Scottish Leaving Certificate Examination, 1955
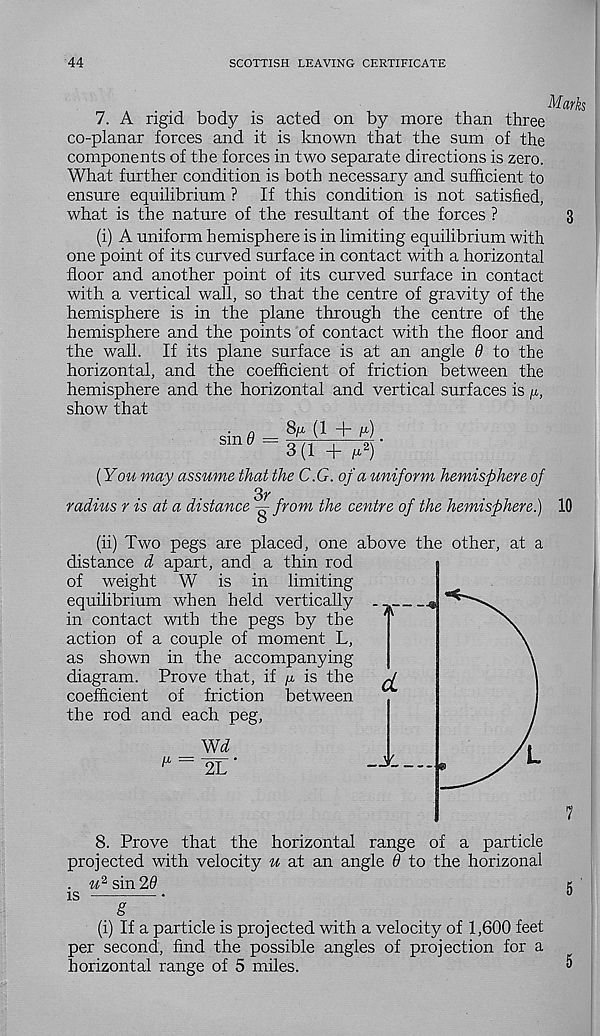
44
SCOTTISH LEAVING CERTIFICATE
Marks
7. A rigid body is acted on by more than three
co-planar forces and it is known that the sum of the
components of the forces in two separate directions is zero.
What further condition is both necessary and sufficient to
ensure equilibrium ? If this condition is not satisfied,
what is the nature of the resultant of the forces ?
3
(i) A uniform hemisphere is in limiting equilibrium with
one point of its curved surface in contact with a horizontal
floor and another point of its curved surface in contact
with a vertical wall, so that the centre of gravity of the
hemisphere is in the plane through the centre of the
hemisphere and the points of contact with the floor and
the wall. If its plane surface is at an angle 9 to the
horizontal, and the coefficient of friction between the
hemisphere and the horizontal and vertical surfaces is /x,
show that
sin0 =
% (1 + /*)
3(1 +
(You may assume that the C.G. of a uniform hemisphere of
2>r
radius r is at a distance g- from the centre of the hemisphere.) 10
(ii) Two pegs are placed, one above the other, at a
distance d apart, and a thin rod
of weight W is in limiting
equilibrium when held vertically
in contact with the pegs by the
action of a couple of moment L,
as shown in the accompanying
diagram. Prove that, if /x is the
coefficient of friction between
the rod and each peg,
Wd
2L ‘
8. Prove that the horizontal range of a particle
projected with velocity u at an angle 6 to the horizonal
. # 2 sin 29
is
g
(i) If a particle is projected with a velocity of 1,600 feet
per second, find the possible angles of projection for a
horizontal range of 5 miles.